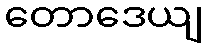
တောဒေယျ